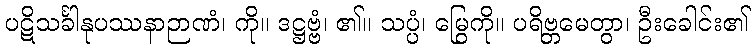
ပဋိသင်္ခါနုပဿနာဉာဏံ၊ ကို။ ဒဋ္ဌဗ္ဗံ၊ ၏။ သပ္ပံ၊ မြွေကို။ ပရိဗ္ဘမေတွာ၊ ဦးခေါင်း၏